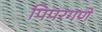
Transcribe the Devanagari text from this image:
पिपरगणे